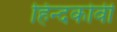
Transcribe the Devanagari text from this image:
हिन्दकोवी